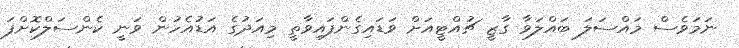
ނަމަވެސް މައްސަލަ ބައްލަވާ ގާޒީ ޗުއްޓީއަށް ވަޑައިގެންފައިވާތީ މިއަދުގެ އަޑުއެހުން ވަނީ ކެންސަލްކޮށްފަ